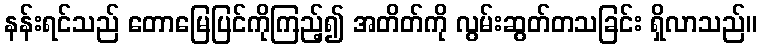
နန်းရင်သည် တောမြေပြင်ကိုကြည့်၍ အတိတ်ကို လွမ်းဆွတ်တသခြင်း ရှိလာသည်။